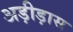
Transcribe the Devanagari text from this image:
अड़ीड़ास